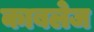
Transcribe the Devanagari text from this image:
काबलेज